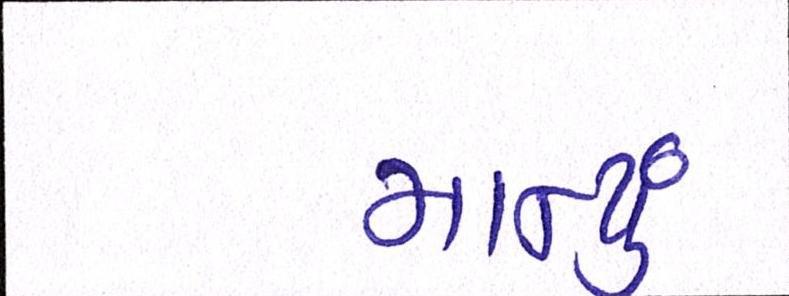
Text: માન્યું